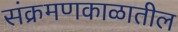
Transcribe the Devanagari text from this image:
संक्रमणकाळातील